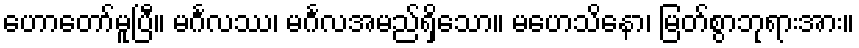
ဟောတော်မူပြီ။ မင်္ဂလဿ၊ မင်္ဂလအမည်ရှိသော။ မဟေသိနော၊ မြတ်စွာဘုရားအား။